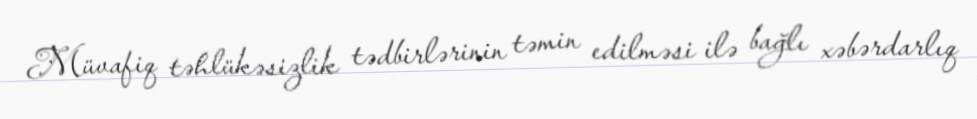
Müvafiq təhlükəsizlik tədbirlərinin təmin edilməsi ilə bağlı xəbərdarlıq